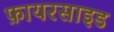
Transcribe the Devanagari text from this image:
फ़ायरसाइड